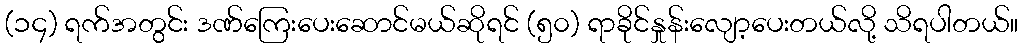
(၁၄) ရက်အတွင်း ဒဏ်ကြေးပေးဆောင်မယ်ဆိုရင် (၅၀) ရာခိုင်နှုန်းလျော့ပေးတယ်လို့ သိရပါတယ်။